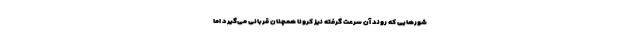
شورهایی که روند آن سرعت گرفته نیز کرونا همچنان قربانی می‌گیرد اما